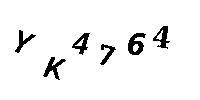
YK4764